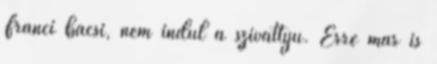
Franci bácsi, nem indul a szivattyú. Erre már is